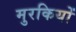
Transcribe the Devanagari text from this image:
मुरकियों